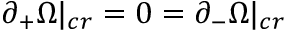
\partial _ { + } \Omega | _ { c r } = 0 = \partial _ { - } \Omega | _ { c r }